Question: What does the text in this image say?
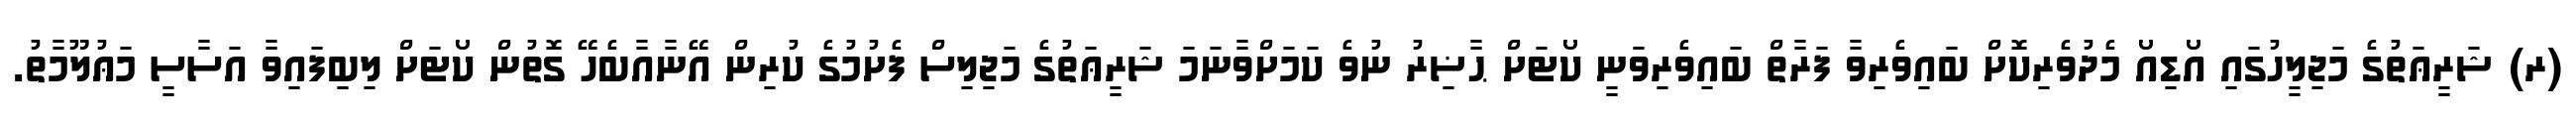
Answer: (ރ) ޝަރީޢަތުގެ މަޖިލީހުގައި އޯޑިއޯ މެދުވެރިކޮށް ބައިވެރިވާ ފަރާތް ބައިވެރިވަނީ ކޯޓަށް ޙާޟިރު ނުވެ ކަމަށްވާނަމަ ޝަރީޢަތުގެ މަޖިލިސް ފެށުމުގެ ކުރިން އޭނާއާބެހޭ ގޮތުން ކޯޓަށް ލިބިފައިވާ އަސާސީ މަޢުލޫމާތު.